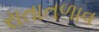
રાતાતળાવ